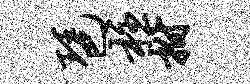
琶柱拊